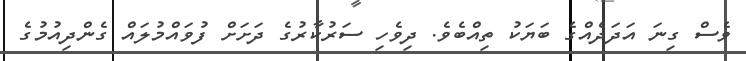
ވެސް ގިނަ އަދަދެއްގެ ބަޔަކު ތިއްބެވެ. ދިވެހި ސަރުކާރުގެ ދަށަށް ފުވައްމުލައް ގެންދިއުމުގެ